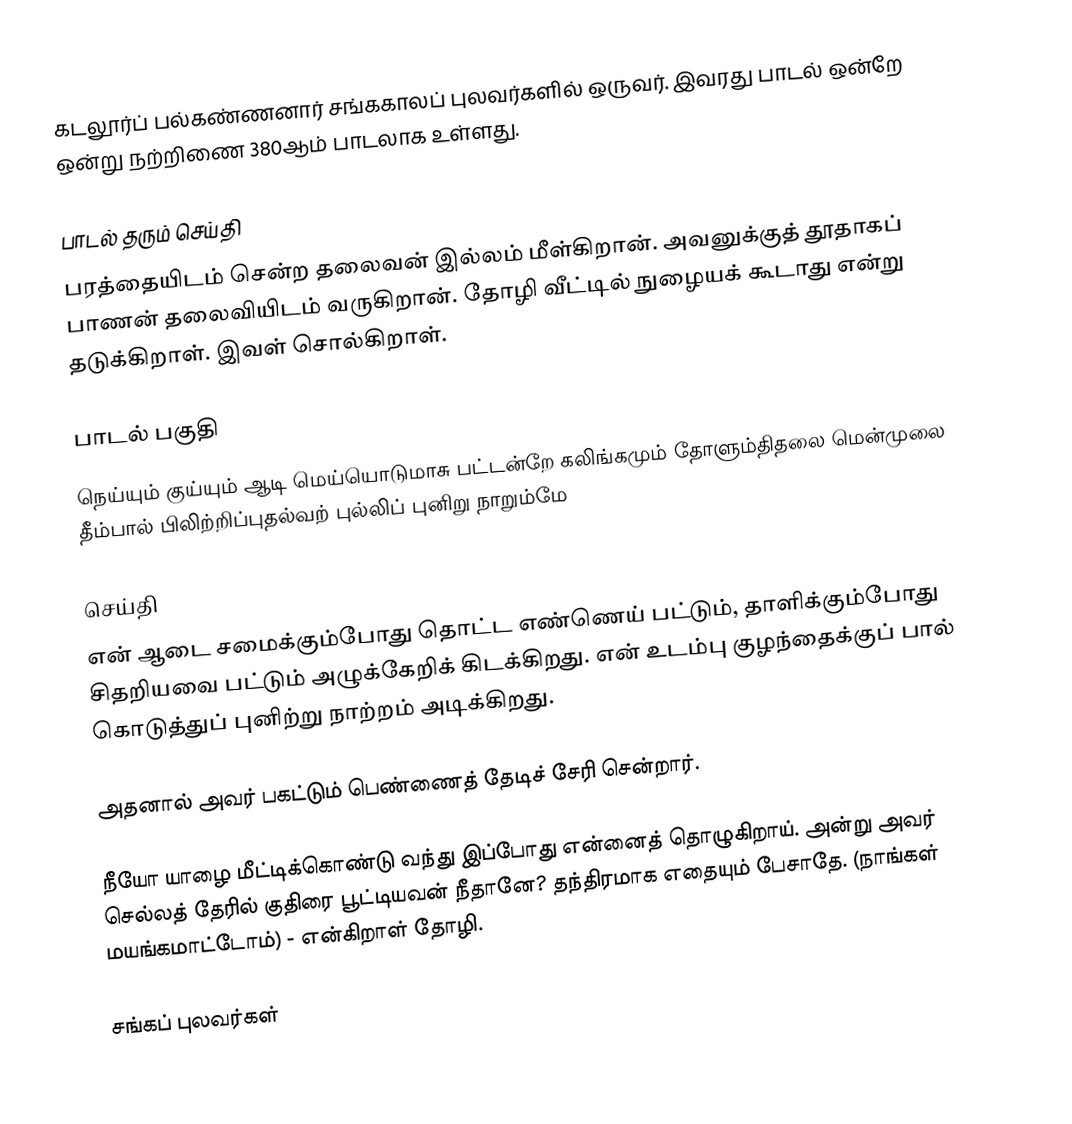
கடலூர்ப் பல்கண்ணனார் சங்ககாலப் புலவர்களில் ஒருவர். இவரது பாடல் ஒன்றே ஒன்று நற்றிணை 380ஆம் பாடலாக உள்ளது.

பாடல் தரும் செய்தி
பரத்தையிடம் சென்ற தலைவன் இல்லம் மீள்கிறான். அவனுக்குத் தூதாகப் பாணன் தலைவியிடம் வருகிறான். தோழி வீட்டில் நுழையக் கூடாது என்று தடுக்கிறாள். இவள் சொல்கிறாள்.

பாடல் பகுதி
நெய்யும் குய்யும் ஆடி மெய்யொடுமாசு பட்டன்றே கலிங்கமும் தோளும்திதலை மென்முலை தீம்பால் பிலிற்றிப்புதல்வற் புல்லிப் புனிறு நாறும்மே

செய்தி
என் ஆடை சமைக்கும்போது தொட்ட எண்ணெய் பட்டும், தாளிக்கும்போது சிதறியவை பட்டும் அழுக்கேறிக் கிடக்கிறது. என் உடம்பு குழந்தைக்குப் பால் கொடுத்துப் புனிற்று நாற்றம் அடிக்கிறது.

அதனால் அவர் பகட்டும் பெண்ணைத் தேடிச் சேரி சென்றார்.

நீயோ யாழை மீட்டிக்கொண்டு வந்து இப்போது என்னைத் தொழுகிறாய். அன்று அவர் செல்லத் தேரில் குதிரை பூட்டியவன் நீதானே? தந்திரமாக எதையும் பேசாதே. (நாங்கள் மயங்கமாட்டோம்) - என்கிறாள் தோழி.

சங்கப் புலவர்கள்